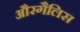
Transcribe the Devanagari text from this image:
औरगैलिस